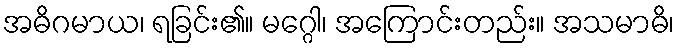
အဓိဂမာယ၊ ရခြင်း၏။ မဂ္ဂေါ၊ အကြောင်းတည်း။ အသမာဓိ၊